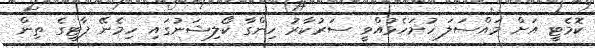
ކޮމެޓީ އަށް މައްސަލަ ހުށަހެޅުއްވީ ސަރުކާރު ހިންގާ ކޯލިޝަނުގައި ހިމެނޭ ޕާޓީގެ ތިން